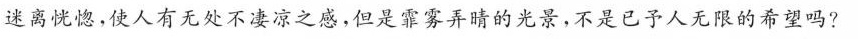
迷离恍惚，使人有无处不凄凉之感，但是靠雾弄晴的光景，不是已予人无限的希望吗？